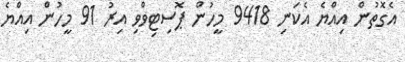
އެގޮތުން އިއްޔެ އެކަނި 9418 މީހުން ޕޮސިޓިވްވި އިރު 91 މީހުން އިއްޔެ